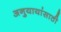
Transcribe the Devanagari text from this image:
अनुयायांसाठी